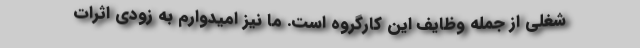
شغلی از جمله وظایف این کارگروه است. ما نیز امیدوارم به زودی اثرات